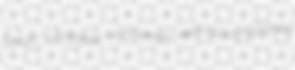
Chian uncitable incinerate well-accomplished